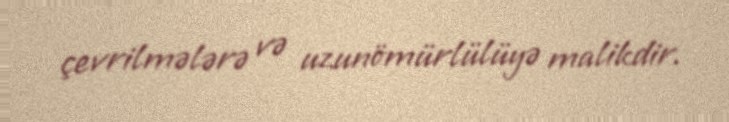
çevrilmələrə və uzunömürlülüyə malikdir.